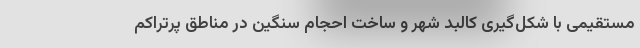
مستقیمی با شکل‌گیری کالبد شهر و ساخت احجام سنگین در مناطق پرتراکم